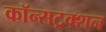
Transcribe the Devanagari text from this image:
कॉन्सट्रक्शन